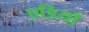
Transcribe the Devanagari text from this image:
एडियाँ